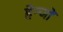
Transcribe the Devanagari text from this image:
हेन्जों